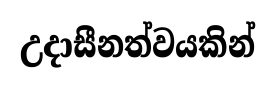
උදාසීනත්වයකින්